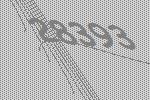
28393